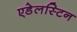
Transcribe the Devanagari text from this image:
एडेलस्टिन